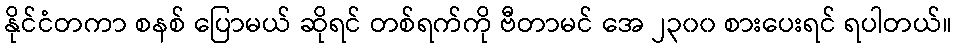
နိုင်ငံတကာ စနစ် ပြောမယ် ဆိုရင် တစ်ရက်ကို ဗီတာမင် အေ ၂၃၀၀ စားပေးရင် ရပါတယ်။